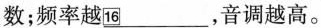
数；频率越\underline{16}，音调越高。